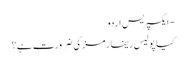
- ایکسپریس اردو
کیا پولیس ریفارمز کی ضرورت ہے؟